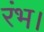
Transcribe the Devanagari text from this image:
रंभ।